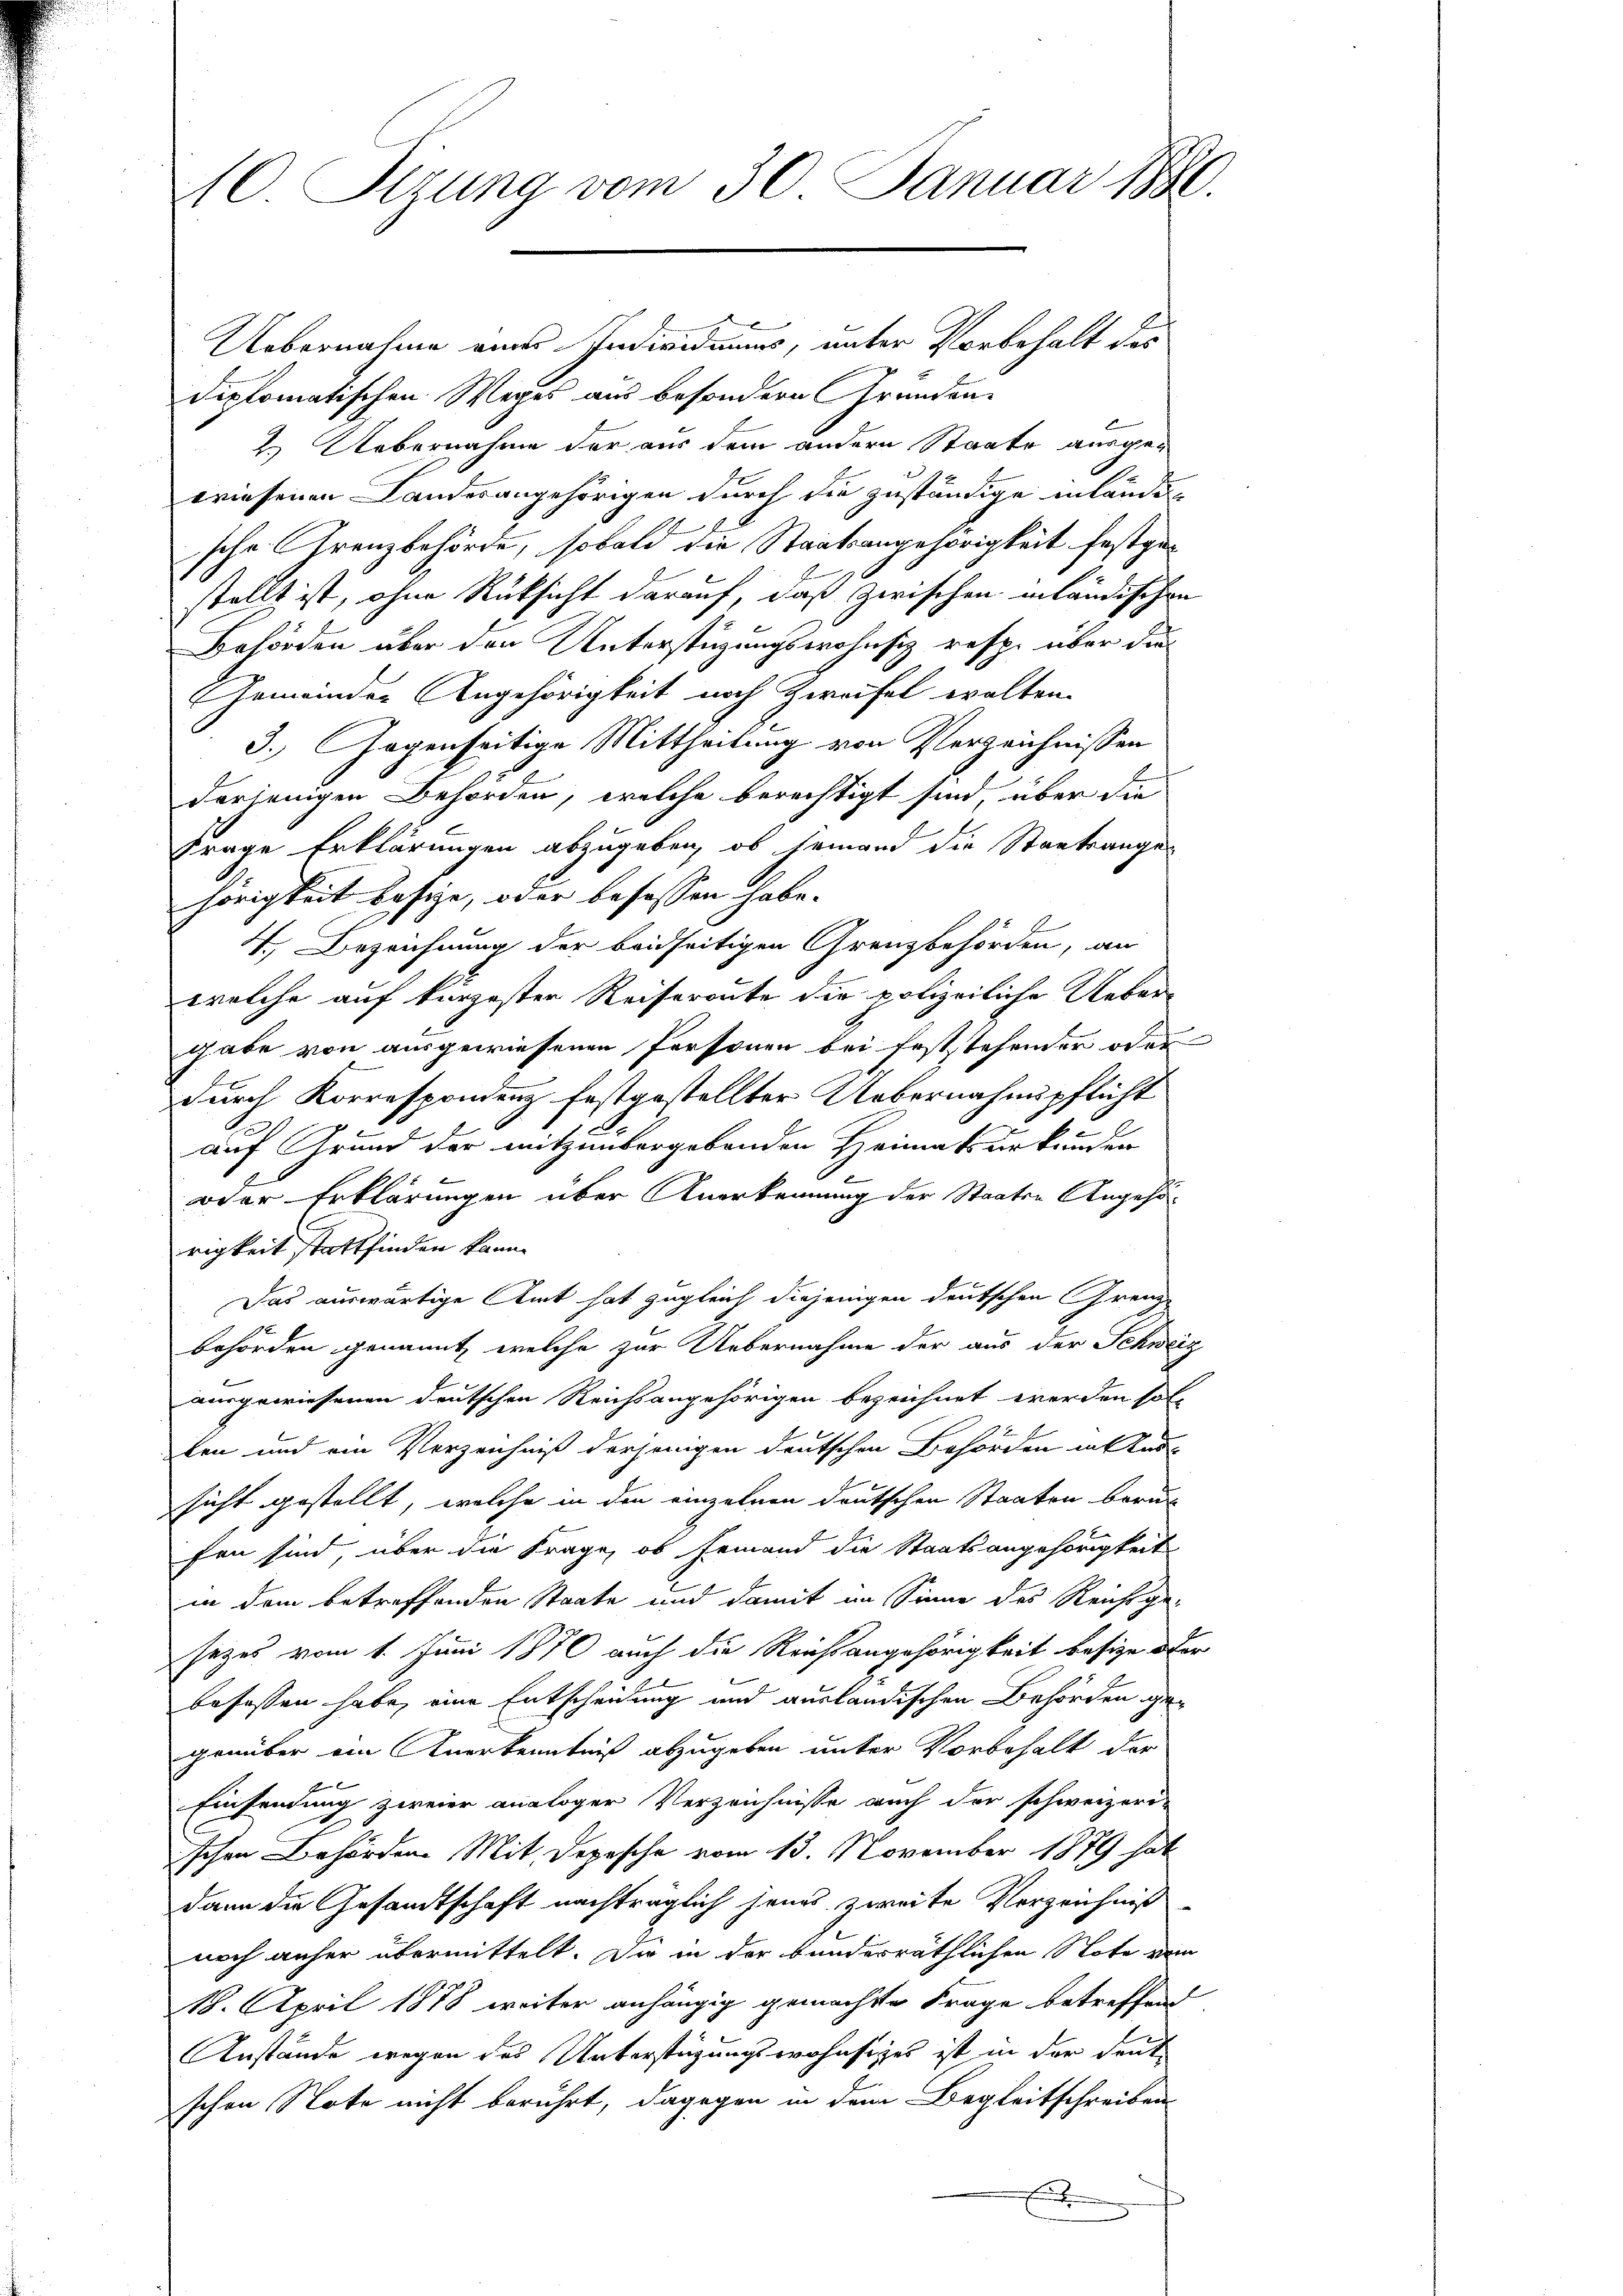
10. Sizung vom 30. Januar 1890.

Uebernahme eines Individuums, unter Vorbehalt des
diplomatischen Weges aus besondern Grunden-
2.) Uebernahme der aus dem andern Staate ausgewriesenen Landesangehörigen durch die zuständige inländen
sche Grenzbehörde, sobald die Staatsangehörigkeit festgestellt ist, ohne Rüksicht darauf, daß zwischen inländischen
Behörden über den Unterstüzungswohnsiz resp. über die
Gemeinder Angehörigkeit noch Zweifel walten.
3.) Gegenseitige Mittheilung von Verzeichnissen
derjenigen Behörden, welche berechtigt sind, über die
frage Erklärungen abzugeben, ob jemand die Staatsangehörigkeit besize, oder besassen habe.
4. Bezeichnung der beidseitigen Grenzbehörden, an
welche auf kürzesten Reiseroute die polizeiliche Ueber-
gabe von ausgewiesenen Personen bei feststehender oder
durch Korrespondenz festgestellter Uebernahmspflicht
auf Grund der mitzunbergebenden Heimatsurkunden
oder Erklärungen über Anerkennung der Staaten Angehörigkeit stattfinden kann.
Das auswärtige Amt hat zugleich diejenigen deutschen Grenz-
behörden genannt, welche zur Uebernahme der aus der Schweiz
e
ausgewiesenen deutschen Reichsangehörigen bezeichnet werden sol
ten und ein Verzeichniß derjenigen deutschen Behörden in Ans
sicht gestellt, welche in den einzelnen deutschen Staaten beruh
fen sind, über die Frage, ob jemand die Staatsangehörigkeit
in dem betreffenden Staate und damit im Sinne des Reichsge-
sezes vom 1. Juni 1870 auch die Reichsangehörigkeit besize oder
besassen habe, eine Entscheidung und ausländischen Behörden gegenüber ein Anerkenntniß abzugeben unter Vorbehalt der
Einsendung zweier analoger Verzeichnisse auch der schweizeri-
Ichen Behörden Mit Depesche vom 13. November 1879 hat
dann die Gesandtschaft nachträglich jenes zweite Verzeichniß
noch anher übermittelt. Da in der bundesräthlichen Note vom
18. April 1878 weiter anhängig gemachte Frage betreffend
Anstände wegen des Unterstüzungswohnsizes ist in der deut
schen Note nicht berührt, dagegen in dem Begleitschreiben
e